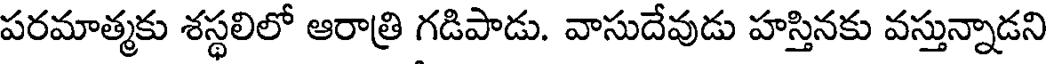
పరమాత్మకు శస్థలిలో ఆరాత్రి గడిపాడు. వాసుదేవుడు హస్తినకు వస్తున్నాడని